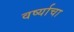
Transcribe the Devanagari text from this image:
वर्ष्याचा